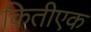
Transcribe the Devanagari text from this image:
कितीएक